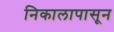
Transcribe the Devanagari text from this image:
निकालापासून